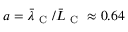
a = \bar { \lambda } _ { \mathrm { ~ C ~ } } / \bar { L } _ { \mathrm { ~ C ~ } } \approx 0 . 6 4